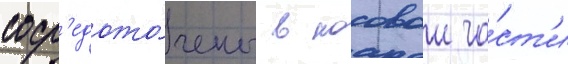
соср'едото́чены в носовои ча́ст'и